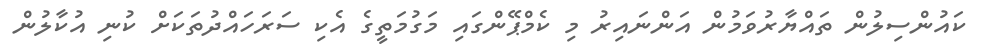
ކައުންސިލުން ތައްޔާރުވަމުން އަންނައިރު މި ކެމްޕޭންގައި މަގުމަތީގެ އެކި ސަރަހައްދުތަކަށް ކުނި އުކާލުން